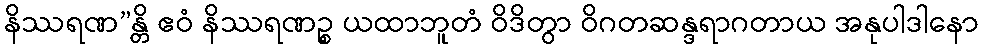
နိဿရဏ”န္တိ ဧဝံ နိဿရဏဉ္စ ယထာဘူတံ ဝိဒိတွာ ဝိဂတဆန္ဒရာဂတာယ အနုပါဒါနော